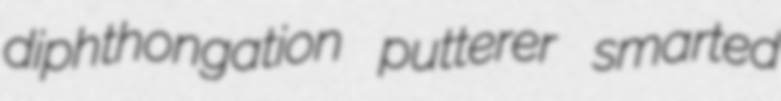
diphthongation putterer smarted